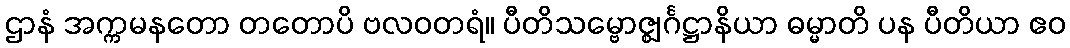
ဌာနံ အက္ကမနတော တတောပိ ဗလဝတရံ။ ပီတိသမ္ဗောဇ္ဈင်္ဂဋ္ဌာနိယာ ဓမ္မာတိ ပန ပီတိယာ ဧဝ